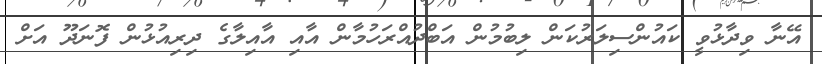
އޭނާ ވިދާޅުވީ ކައުންސިލަރުކަން ލިބުމުން އަބްދުއްރަހުމާން އާއި އާއިލާގެ ދިރިއުޅުން ފޮނަދޫ އަށް